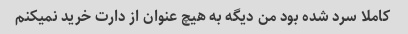
کاملا سرد شده بود من دیگه به هیچ عنوان از دارت خرید نمیکنم